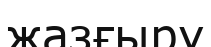
жазғыру